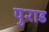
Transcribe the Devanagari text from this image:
पुराड